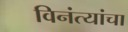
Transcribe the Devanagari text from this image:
विनंत्यांचा